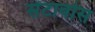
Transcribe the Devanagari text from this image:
सेंटावोस